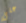
على